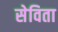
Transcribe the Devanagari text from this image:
सेविता